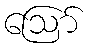
ဩော်